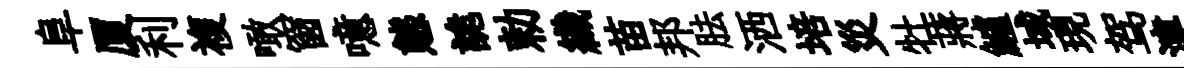
阜厦利複噉窗噫態詭勅織苗邦胠洒培災牡蔣鱸域現驾津